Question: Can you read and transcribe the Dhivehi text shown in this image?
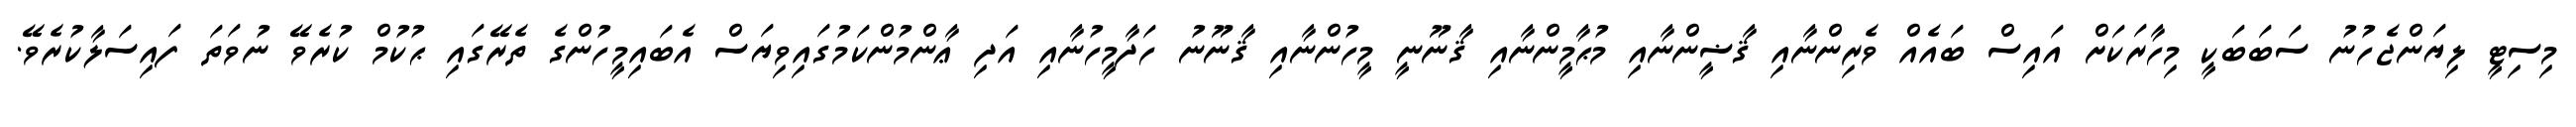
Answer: މިސިޓީ ލިޔަންޖެހުނު ސަބަބަކީ މިހާރަކަށް އައިސް ބައެއް ވެރިންނާއި ޤާޟީންނާއި މުޙާމީންނާއި ޤާނޫނީ މީހުންނާއި ޤާނޫނު ހަދާމީހުނާއި އަދި ޢާންމުންކަމުގައިވިޔަސް އެބައިމީހުންގެ ތެރޭގައި ޙުކުމް ކުރެވޭ ނުވަތަ ފައިސަލާކުރެވޭ.